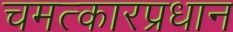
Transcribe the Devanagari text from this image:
चमत्कारप्रधान